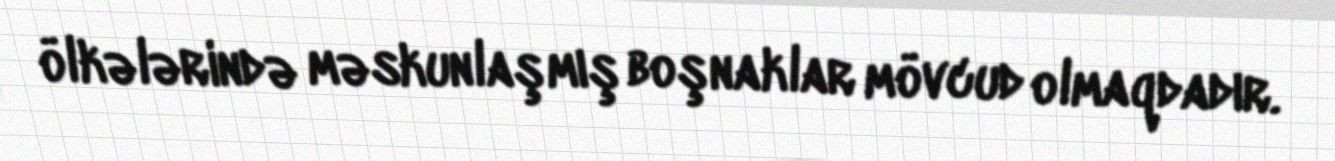
ölkələrində məskunlaşmış boşnaklar mövcud olmaqdadır.